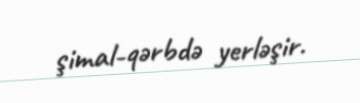
şimal-qərbdə yerləşir.